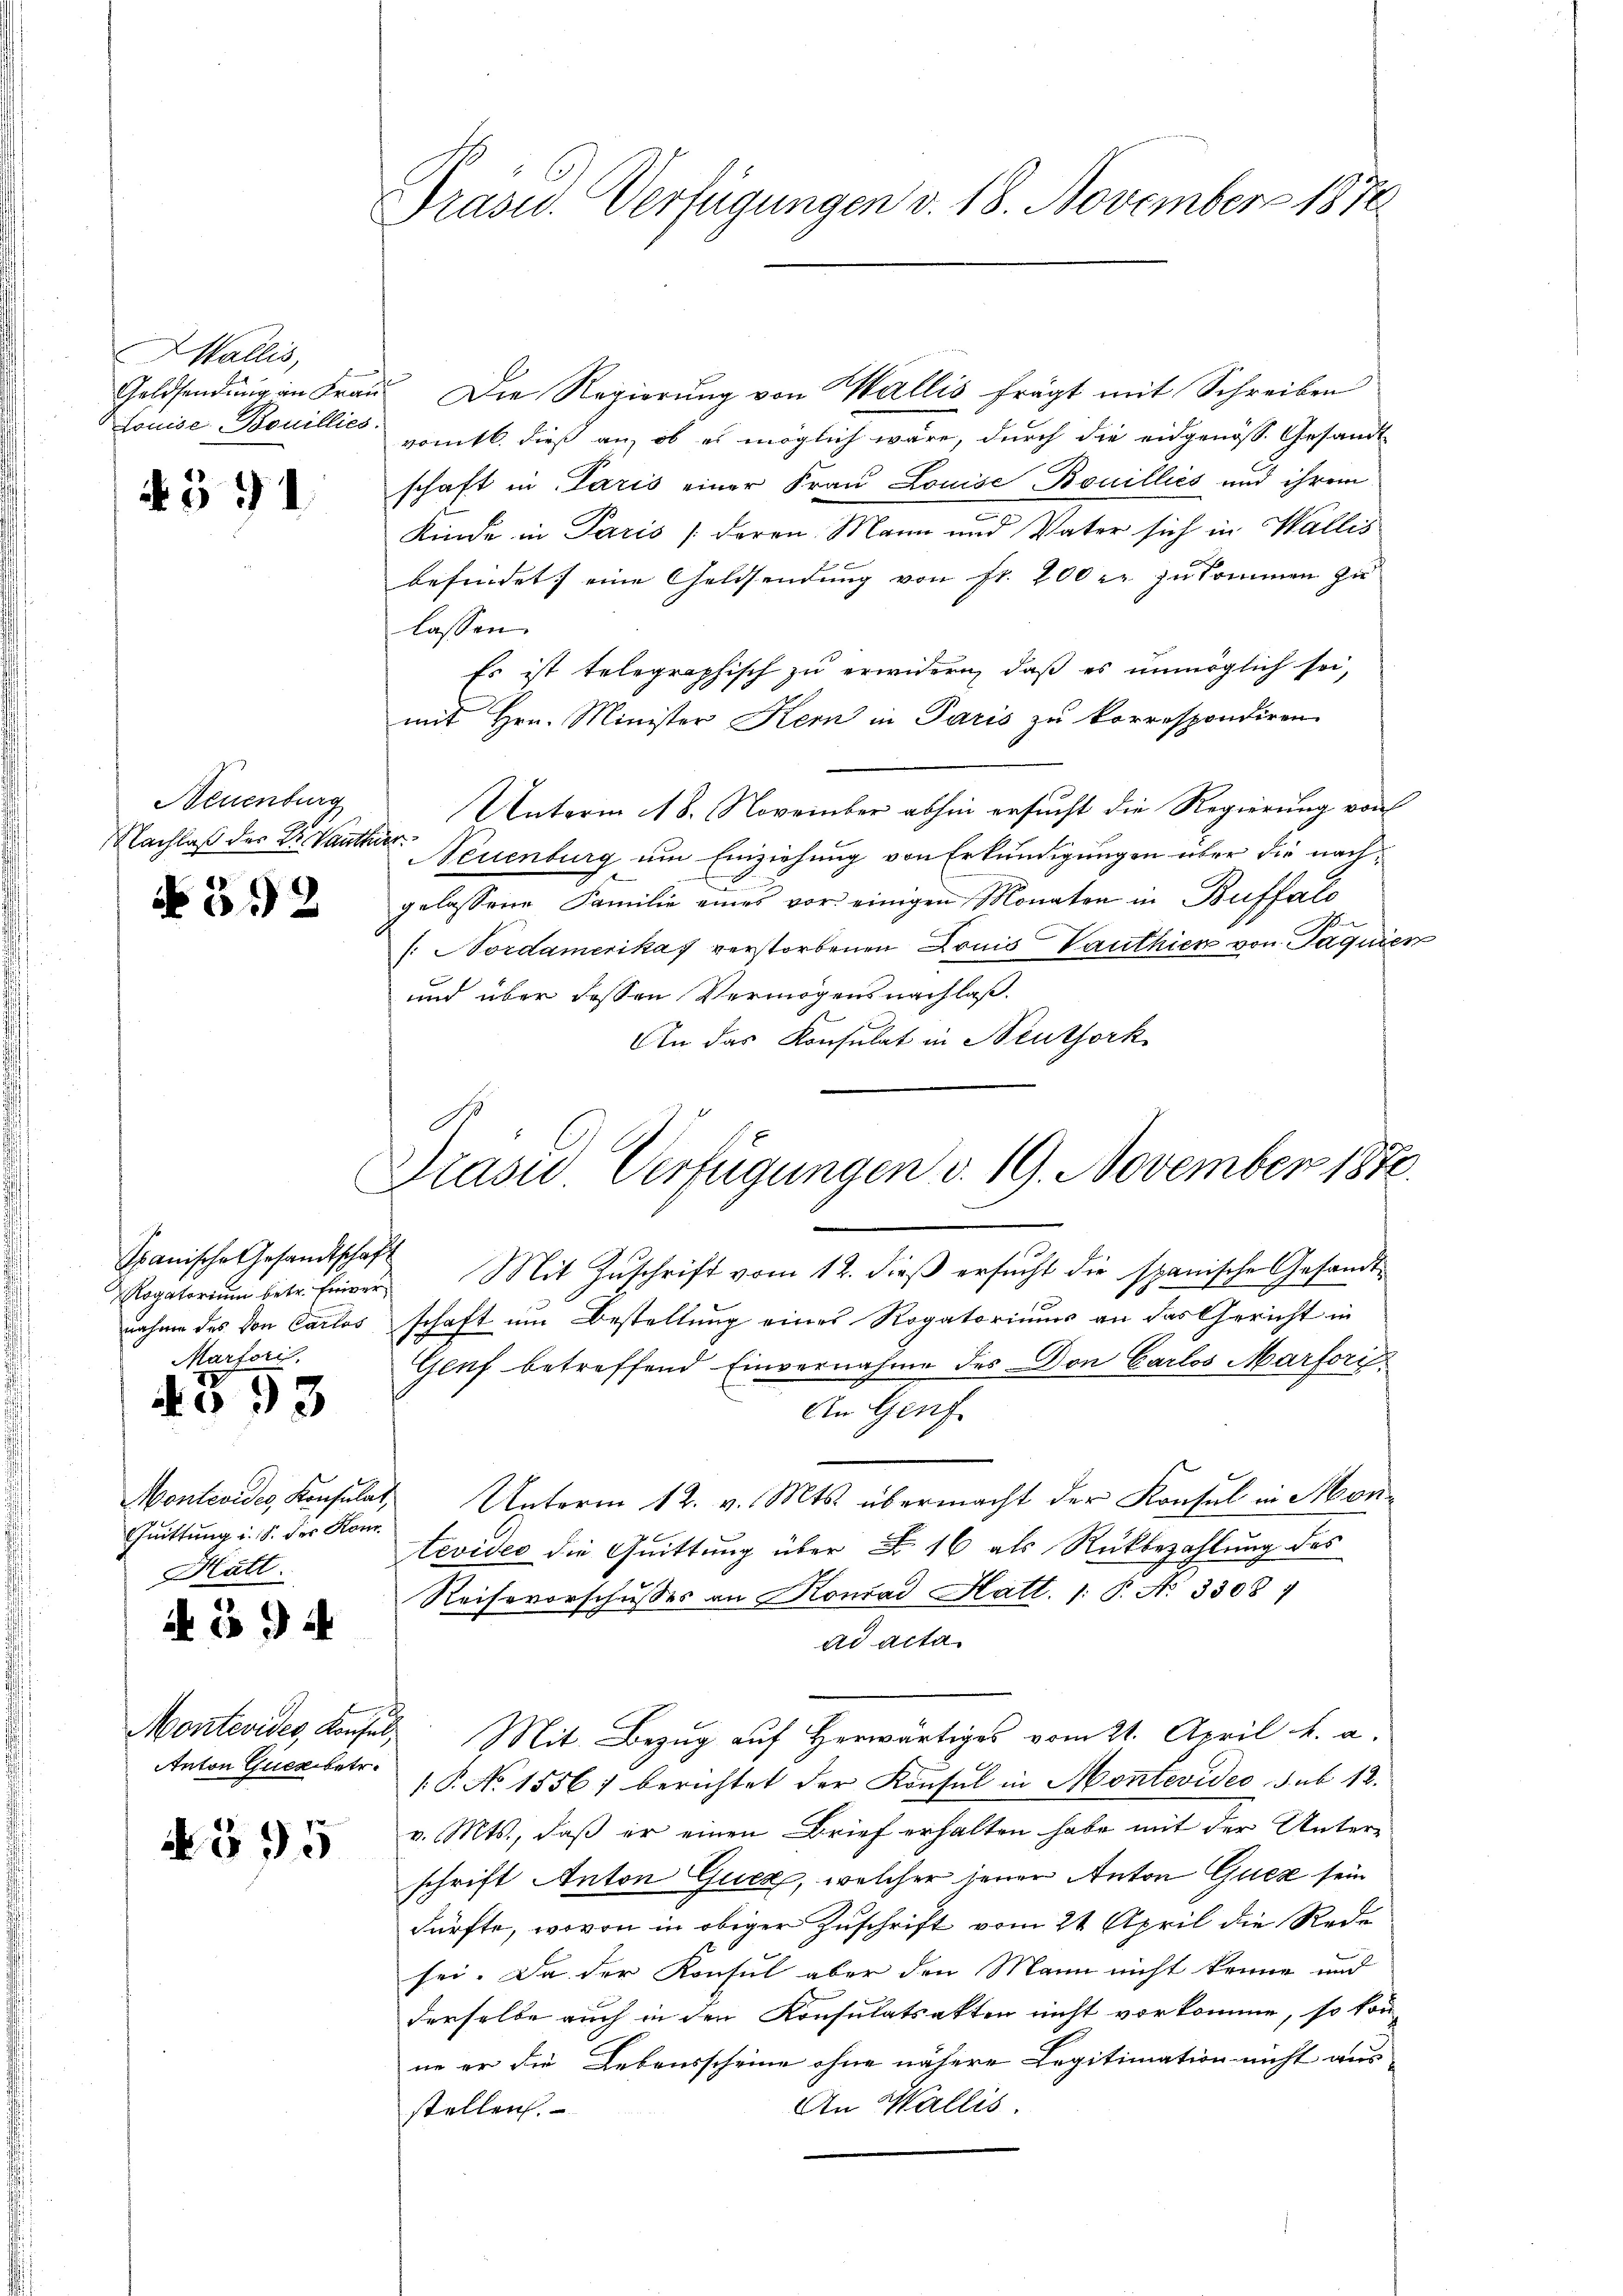
Wallis,
Louise Bouillies.

4391

Neuenburg
NNachlaß der Dr. Kaute

592

Spanische Gesandtschaft
nahme des von Carlos
Marforis.

No 93

Montevides, Konsula
Quittung i. S. der Kon
Hatt.

594

Anton Querbetr.

N 395

Präsid. Verfügungen v. 18. November 1870

Geldsendung in Frau Die Regierung von Wallis frägt mit Schreiben
vomtl. dieß an, ob es möglich wäre, durch die eidgenöss. Gesandt
schaft in Paris einer Frau Louise Bouilliés und ihrem
Kinde in Paris (deren Mann und Vater sich in Wallis
befindet eine Geldsendung von fr. 200 r. zukommen zu
lassen.
Es ist telegraphisch zu erwidern, daβ es unmöglich sei,
mit Hrn. Minister Kern in Paris zu korrespondiren.
Unterm 18. November abhin ersucht die Regierung von
Eigen
Neuenburg um Einziehung von Erkundigungen über die nachgelassene Familie eines vor einigen Monaten in Buffalo
/: Nordamerikas verstorbenen Louis Vauthien von Jaquien
und über dessen Vermögensnachlaß.
An das Konsulat in Neuthork

d
Drasu Verfügungen d. 19. November 1870.
8

Rogatoriŭm betr. Einver Mit Zŭschrift vom 12. dieβ ersŭcht die spanische Gesandt-
schaft um Bestellung eines Rogatoriums an das Gericht in
Genf betreffend Einvernahme des Don Carlos Marfori
An Genf
.
Unterm 12. v. Mts. übermacht der Konsul in Montevideo die Quittung über F. 16 als Rückbezahlung des
Reisevorschusses an Konrad Hatt. 1: P. No 3308)
ad acta
Montevides Konsuls Mit Bezug auf Herwärtiges vom 21. April h. a.
.P. No 1556) berichtet der Konsul in Montevideo sub 12.
v. Mts., daß er einen Brief erhalten habe mit der Unter-
schrift Anton Gucz, welcher jenen Anton Gucz sein
dürfte, wovon in obiger Zuschrift vom 21. April die Rede
sei. Da der Konsul aber den Mann nicht könne und
derselbe auch in den Konsulatsakten nicht vorkomme, so kon
ne er die Lebensscheine ohne nähere Legitimation nicht aus-
An Wallis.
stellen.